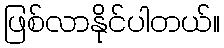
ဖြစ်လာနိုင်ပါတယ်။